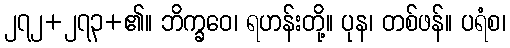
၂၇၂+၂၇၃+၏။ ဘိက္ခဝေ၊ ရဟန်းတို့။ ပုန၊ တစ်ဖန်။ ပရံစ၊